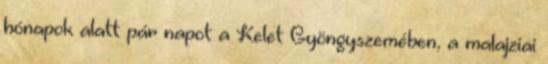
hónapok alatt pár napot a Kelet Gyöngyszemében, a malajziai